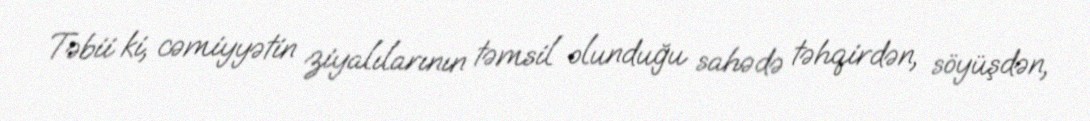
Təbii ki, cəmiyyətin ziyalılarının təmsil olunduğu sahədə təhqirdən, söyüşdən,